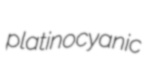
platinocyanic